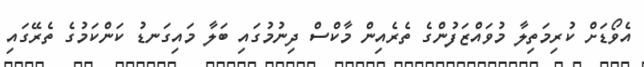
އެވޯޑަށް ކުރިމަތިލާ މުވައްޒަފުންގެ ތެރެއިން މާކްސް ދިނުމުގައި ބަލާ މައިގަނޑު ކަންކަމުގެ ތެރޭގައި